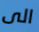
الى